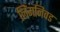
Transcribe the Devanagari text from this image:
लिंगनिवड